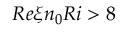
R e \xi n _ { 0 } R i > 8